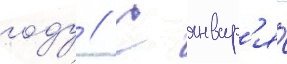
году // С январ'я́